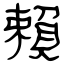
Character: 賴